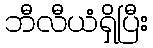
ဘီလီယံရှိပြီး